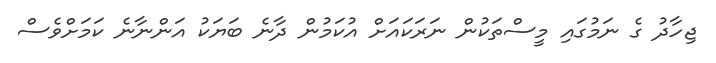
ޖިހާދު ގެ ނަމުގައި މީސްތަކުން ނަރަކައަށް އުކަމުން ދާނެ ބަޔަކު އަންނާނެ ކަމަށްވެސް